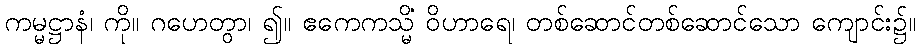
ကမ္မဋ္ဌာနံ၊ ကို။ ဂဟေတွာ၊ ၍။ ဧကေကသ္မိံ ဝိဟာရေ၊ တစ်ဆောင်တစ်ဆောင်သော ကျောင်း၌။